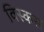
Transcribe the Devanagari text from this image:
विस्कस